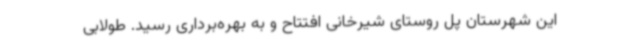
این شهرستان پل روستای شیرخانی افتتاح و به بهره‌برداری رسید. طولابی